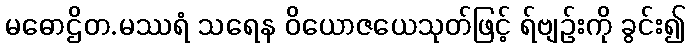
မဓောဌိတ.မဿရံ သရေန ဝိယောဇယေသုတ်ဖြင့် ရ်ဗျဉ်းကို ခွင်း၍